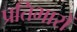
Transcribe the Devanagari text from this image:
प्रतिभारों